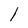
Character: 1